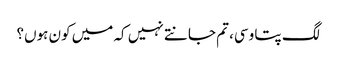
لگ پتا وسی، تم جانتے نہیں کہ میں کون ہوں؟